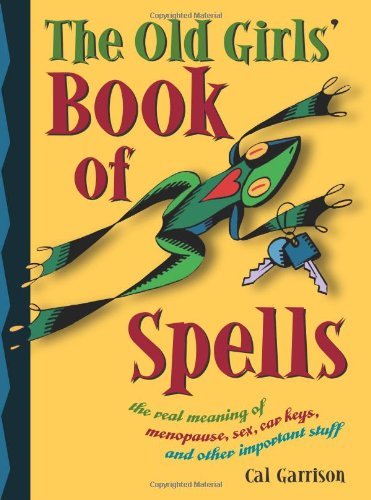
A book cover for The Old Girls' Book of Spells: the real meaning of menopause, sex, car keys, and other important stuff about magic; Cal Garrison; Health, Fitness & Dieting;